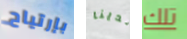
بإرتياح لدينا تلك